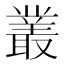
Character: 叢